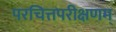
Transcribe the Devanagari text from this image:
परचित्तपरीक्षणम्‌